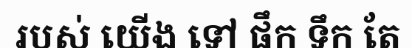
របស់ យើង ទៅ ផឹក ទឹក តែ